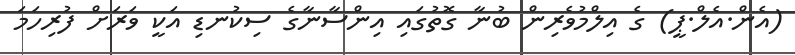
(އެން.އެލް.ޕީ) ގެ އިލްމުވެރިން ބުނާ ގޮތުގައި އިންސާނާގެ ސިކުނޑި އަކީ ވަރަށް ފުރިހަމަ